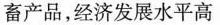
畜产品，经济发展水平高